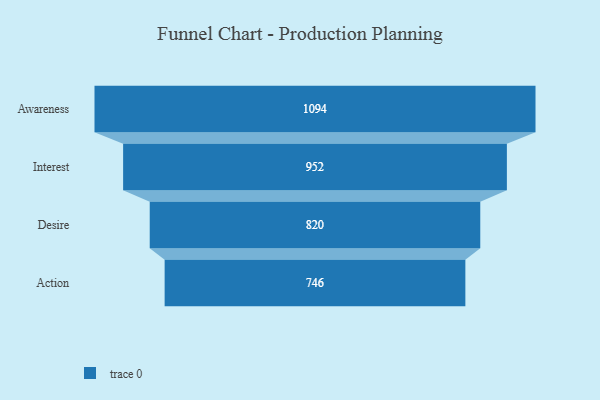
{"axis": {"x": "Stage", "y": "Value"}, "legend": [""], "data": [{"x": "Awareness", "y": 1094.0, "type": ""}, {"x": "Interest", "y": 952.0, "type": ""}, {"x": "Desire", "y": 820.0, "type": ""}, {"x": "Action", "y": 746.0, "type": ""}]}